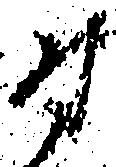
尉